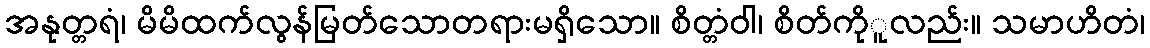
အနုတ္တရံ၊ မိမိထက်လွန်မြတ်သောတရားမရှိသော။ စိတ္တံဝါ၊ စိတ်ကိုူလည်း။ သမာဟိတံ၊